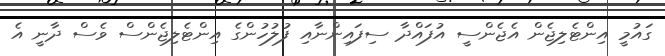
ގައުމީ އިންޓެލިޖެން އެޖެންސީ އުފައްދާ ސިފައިންނާއި ފުލުހުންގެ އިންޓެލިޖެންސް ވެސް ދާނީ އެ